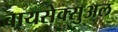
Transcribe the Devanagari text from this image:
बायसेक्सुअल